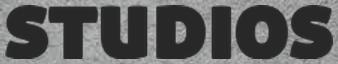
STUDIOS